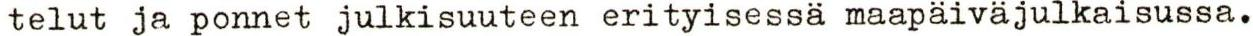
telut ja ponnet julkisuuteen erityisessä maapäiväjulkaisussa.